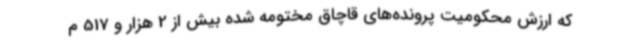
که ارزش محکومیت پرونده‌های قاچاق مختومه شده بیش از 2 هزار و 517 م